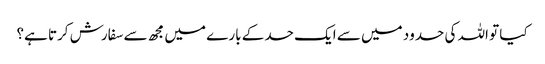
کیا تو اللہ کی حدود میں سے ایک حد کے بارے میں مجھ سے سفارش کرتا ہے؟